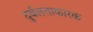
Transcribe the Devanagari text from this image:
दुर्बलताकारक